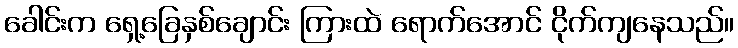
ခေါင်းက ရှေ့ခြေနှစ်ချောင်း ကြားထဲ ရောက်အောင် ငိုက်ကျနေသည်။